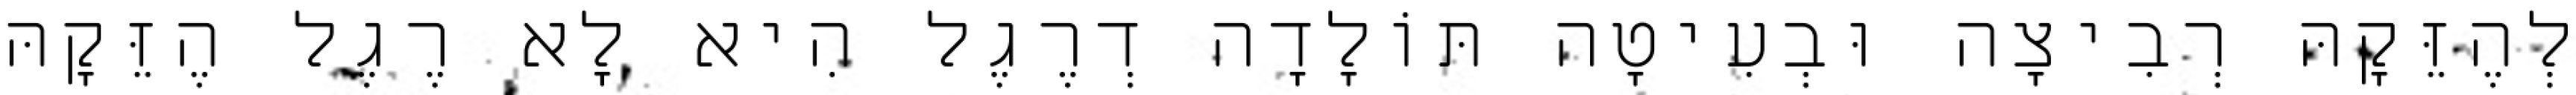
לְהֶזֵּקָהּ רְבִיצָה וּבְעִיטָה תּוֹלָדָה דְרֶגֶל הִיא לָא רֶגֶל הֶזֵּקָהּ